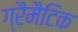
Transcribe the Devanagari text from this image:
ग्रैमैटिक